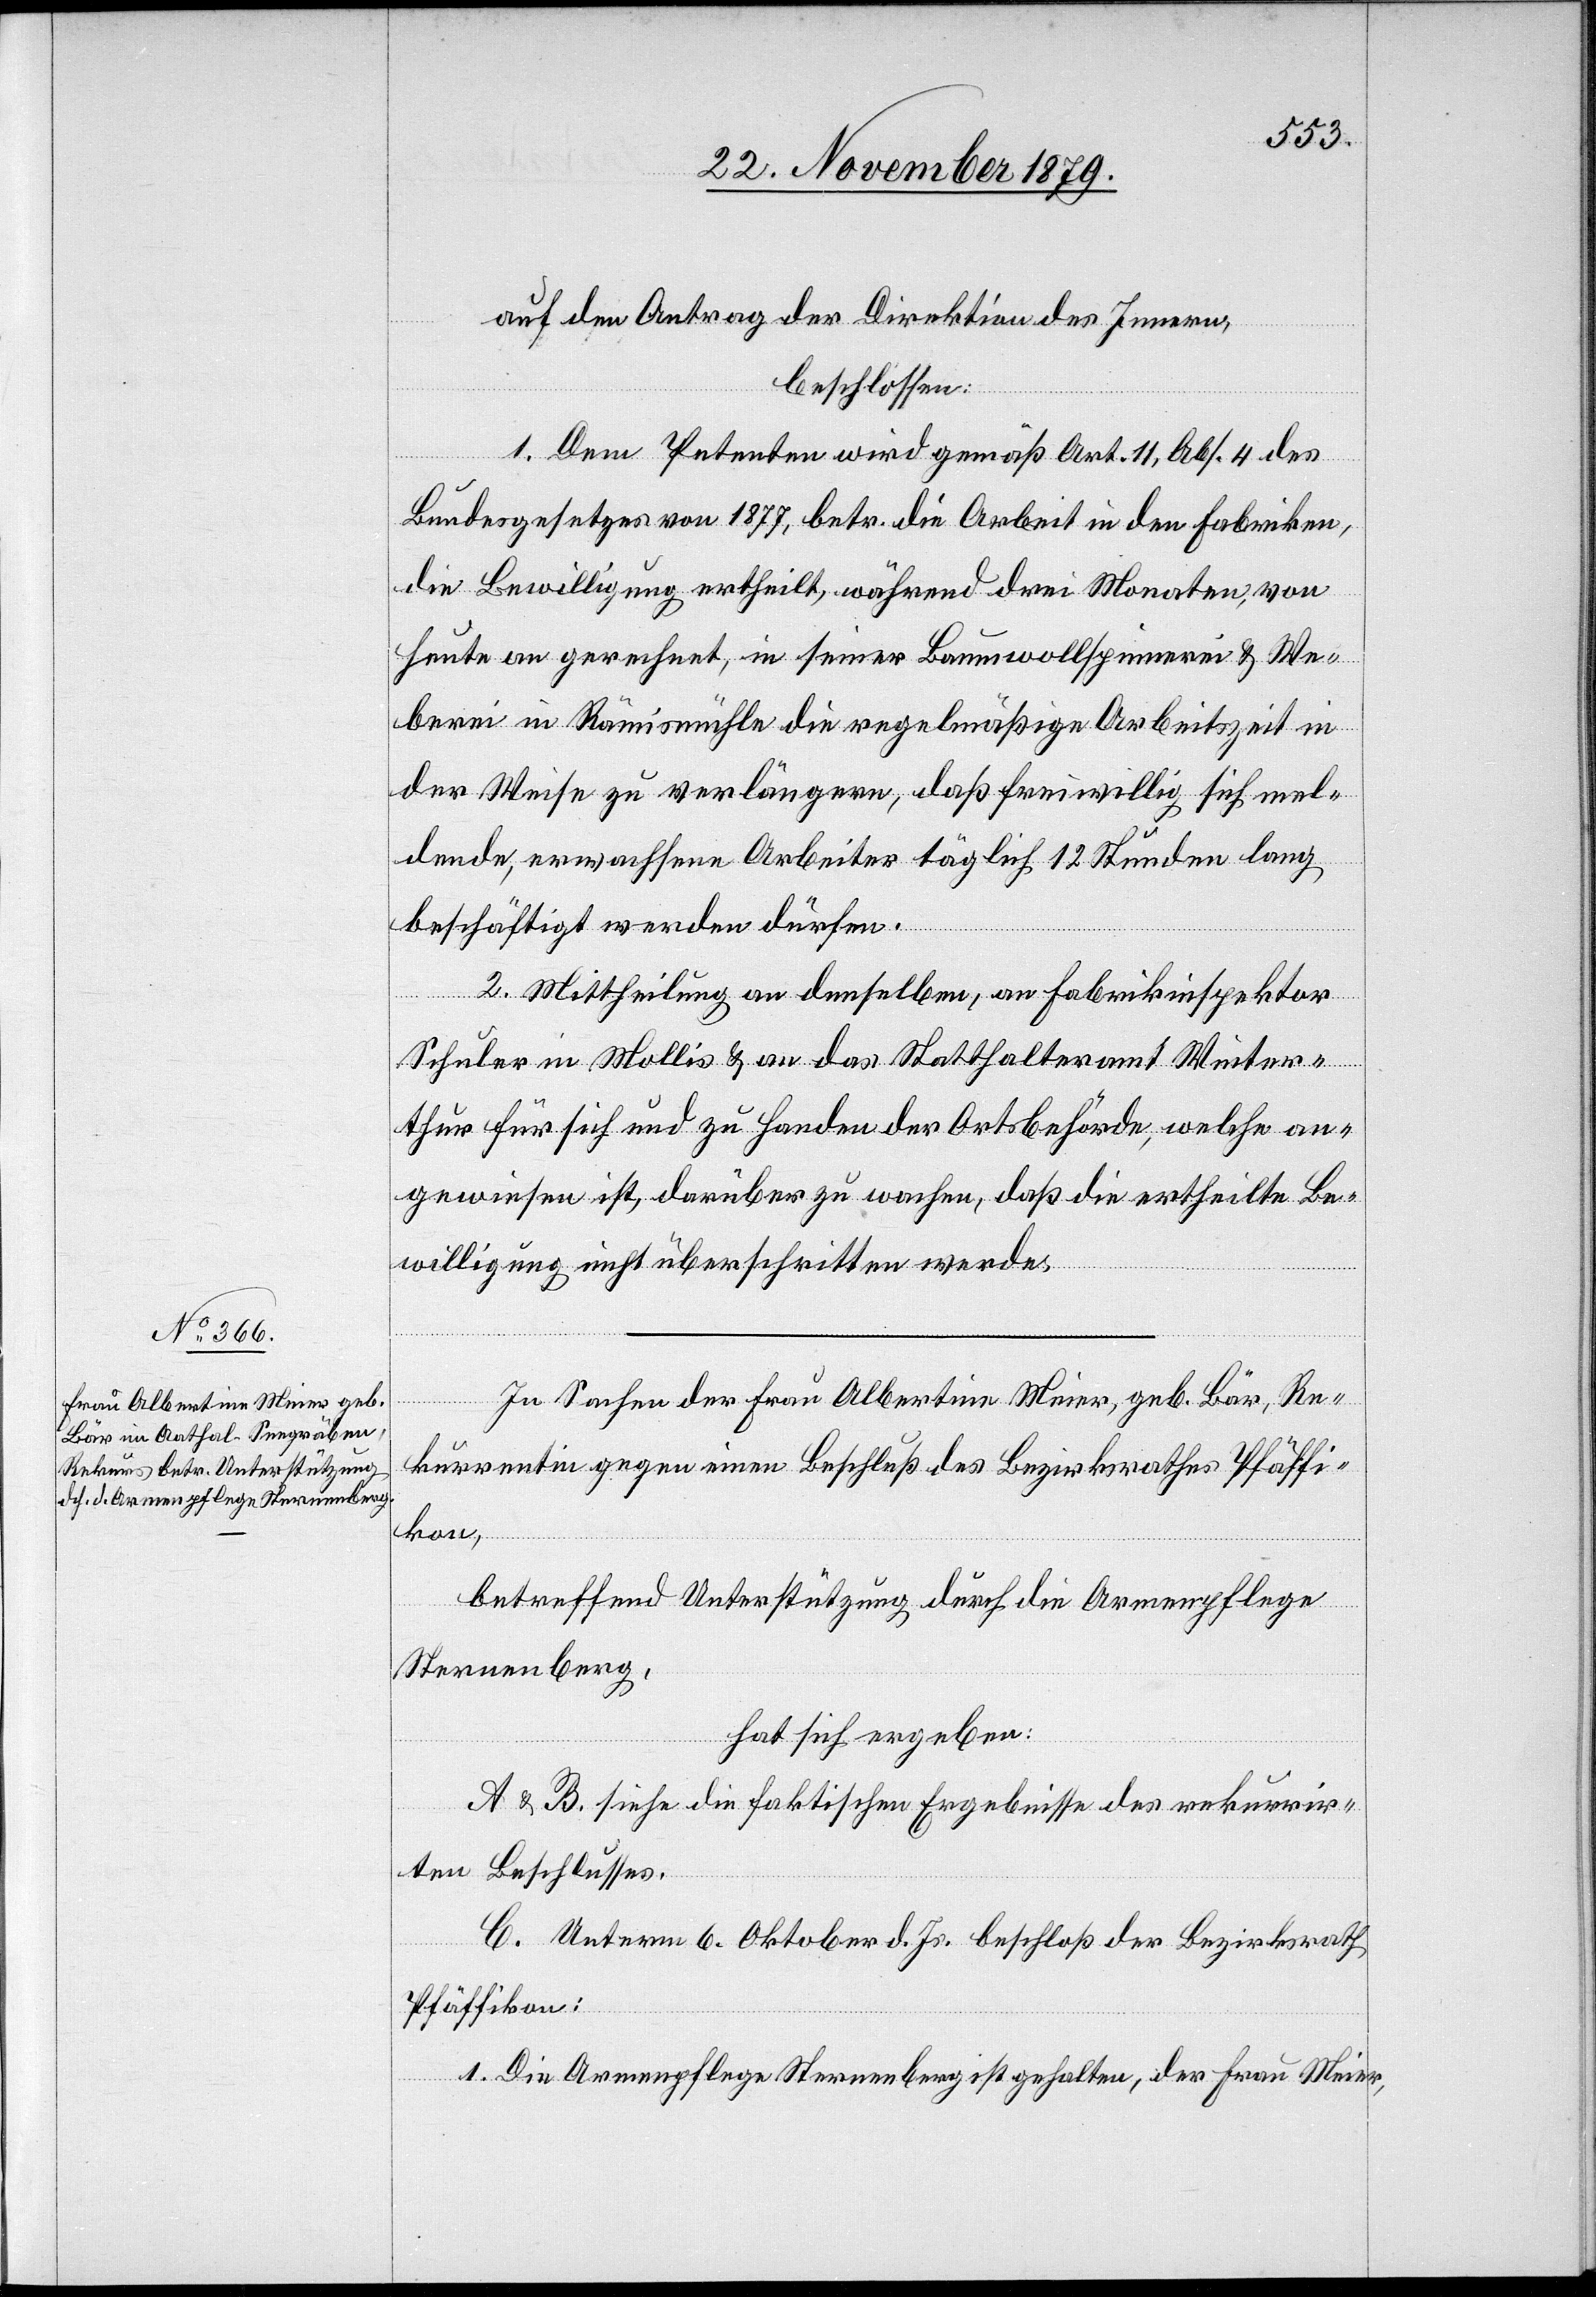
auf den Antrag der Direktion des Innern,
beschlossen:
1. Dem Petenten wird gemäß Art. 11, Abs. 4 des
Bundesgesetzes von 1877 betr. die Arbeit in den Fabriken,
die Bewilligung ertheilt, während drei Monaten, von
heute an gerechnet, in seiner Baumwollspinnerei & We¬
berei in Rämismühle die regelmäßige Arbeitszeit in
der Weise zu verlängern, daß freiwillig sich mel¬
dende, erwachsene Arbeiter täglich 12 Stunden lang
beschäftigt werden dürfen.
2. Mittheilung an denselben, an Fabrikinspektor
Schuler in Mollis & an das Statthalteramt Winter¬
thur für sich und zu Handen der Ortsbehörden, welche an¬
gewiesen ist, darüber zu wachen, daß die ertheilte Be¬
willigung nicht überschritten werde.
In Sachen der Frau Albertina Meier, geb. Bär, Re¬
kurrentin gegen einen Beschluß des Bezirksrathes Pfäffi¬
kon,
betreffend Unterstützung durch die Armenpflege
Sternenberg,
hat sich ergeben:
A & B siehe die faktischen Ergebnisse des rekurrir¬
ten Beschlusses.
C. Unterm 6. Oktober d. Js. beschloß der Bezirksrath
Pfäffikon:
1. Die Armenpflege Sternenberg ist gehalten, der Frau Meier,